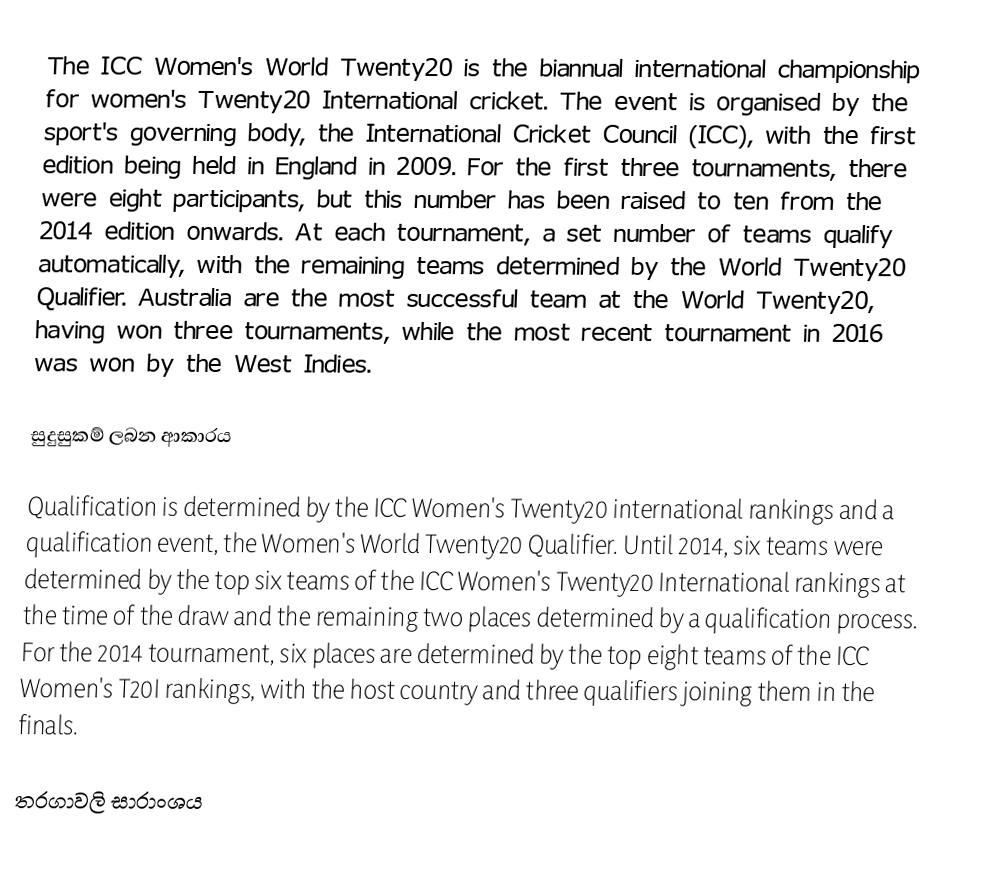
The ICC Women's World Twenty20 is the biannual international championship for women's Twenty20 International cricket. The event is organised by the sport's governing body, the International Cricket Council (ICC), with the first edition being held in England in 2009. For the first three tournaments, there were eight participants, but this number has been raised to ten from the 2014 edition onwards. At each tournament, a set number of teams qualify automatically, with the remaining teams determined by the World Twenty20 Qualifier. Australia are the most successful team at the World Twenty20, having won three tournaments, while the most recent tournament in 2016 was won by the West Indies.

සුදුසුකම් ලබන ආකාරය

Qualification is determined by the ICC Women's Twenty20 international rankings and a qualification event, the Women's World Twenty20 Qualifier. Until 2014, six teams were determined by the top six teams of the ICC Women's Twenty20 International rankings at the time of the draw and the remaining two places determined by a qualification process.  For the 2014 tournament, six places are determined by the top eight teams of the ICC Women's T20I rankings, with the host country and three qualifiers joining them in the finals.

තරගාවලි සාරාංශය